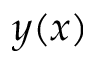
y ( x )